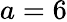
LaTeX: a=6